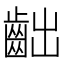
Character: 𪗨